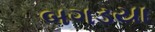
બગડયા